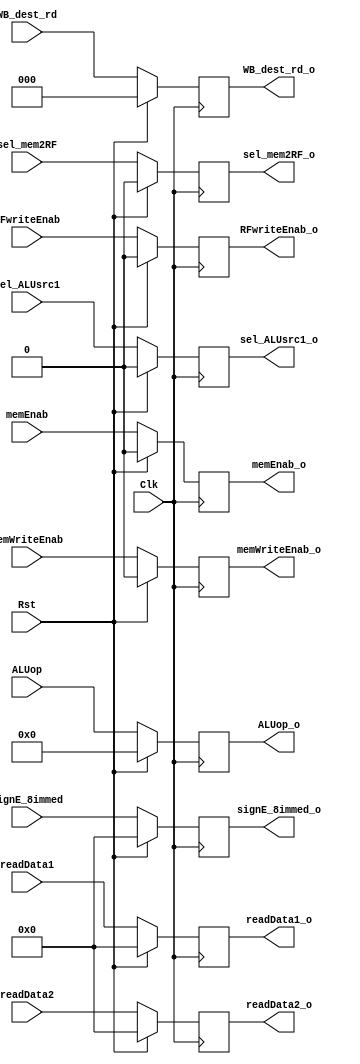
`timescale 1ns / 1ps
//////////////////////////////////////////////////////////////////////////////////
// Company: 			NTU
// 
// Design Name: 
// Module Name:    	IF_stage 
// Project Name: 		uP16_5Stage
// Target Devices: 	Spartan 6
// Tool versions: 
// Description: 
//
// Dependencies: 
//
// Revision: 
// Revision 0.01 - File Created
// Additional Comments: 
//
//////////////////////////////////////////////////////////////////////////////////


module ID_EX_PR #(parameter ISIZE=18, DSIZE=16) (
   input Clk, Rst, 
	input [DSIZE-1:0] readData1, readData2, signE_8immed,
	input [2:0] WB_dest_rd,
	input [3:0] ALUop,
	input memWriteEnab, memEnab, sel_mem2RF,
	input sel_ALUsrc1, RFwriteEnab,
	//input sel_ALUsrc2,
	output reg [DSIZE-1:0] readData1_o, readData2_o, signE_8immed_o,
	output reg [2:0] WB_dest_rd_o,
	output reg [3:0] ALUop_o,
	output reg memWriteEnab_o, memEnab_o, sel_mem2RF_o,
	output reg sel_ALUsrc1_o, RFwriteEnab_o
	//output reg sel_ALUsrc2_o
	 );


// ID:EX Pipeline register
always @ (posedge Clk)
	if (Rst) begin
		readData1_o <= 16'b0;		// RegFile Data 1 out
		readData2_o <= 16'b0;		// RegFile Data 2 out
		signE_8immed_o <= 16'b0;	// Sign extend value to EX stage
		WB_dest_rd_o <= 3'b0;		// RegFile write destination forwarded to WB stage (via EX stage0
		ALUop_o <= 4'b0;				// ALU operation to EX stage
		memWriteEnab_o <= 1'b0;
		memEnab_o <= 1'b0;
		sel_mem2RF_o <= 1'b0;
		sel_ALUsrc1_o <= 1'b0;
		//sel_ALUsrc2_o <= 1'b0;
		RFwriteEnab_o <= 1'b0;
		end
	else begin
		readData1_o <= readData1;		// RegFile Data 1 out
		readData2_o <= readData2;		// RegFile Data 2 out
		signE_8immed_o <= signE_8immed;	// Sign extend value to EX stage
		WB_dest_rd_o <= WB_dest_rd;	// RegFile write destination forwarded to WB stage (via EX stage0
		ALUop_o <= ALUop;					// ALU operation to EX stage
		memWriteEnab_o <= memWriteEnab;
		memEnab_o <= memEnab;
		sel_mem2RF_o <= sel_mem2RF;
		sel_ALUsrc1_o <= sel_ALUsrc1;
		//sel_ALUsrc2_o <= sel_ALUsrc2;
		RFwriteEnab_o <= RFwriteEnab;
		end

endmodule